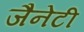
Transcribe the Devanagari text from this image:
जैनेटी